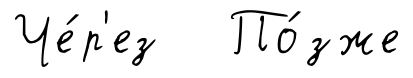
Че́р'ез По́зже